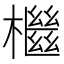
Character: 檵